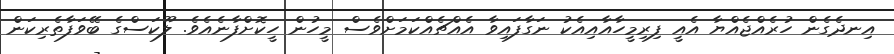
އިނދެގެން ހުރެއްޖެއްޔާ އެއީ ފިރިމީހާއާއިއެކު ނަގާފައިވާ އެއްޗެއްކަމަށްވެސް މީހުން ހީކޮށްފާނެއެވެ. ލޫކަސްގެ ބޭވަފާތެރިކަން